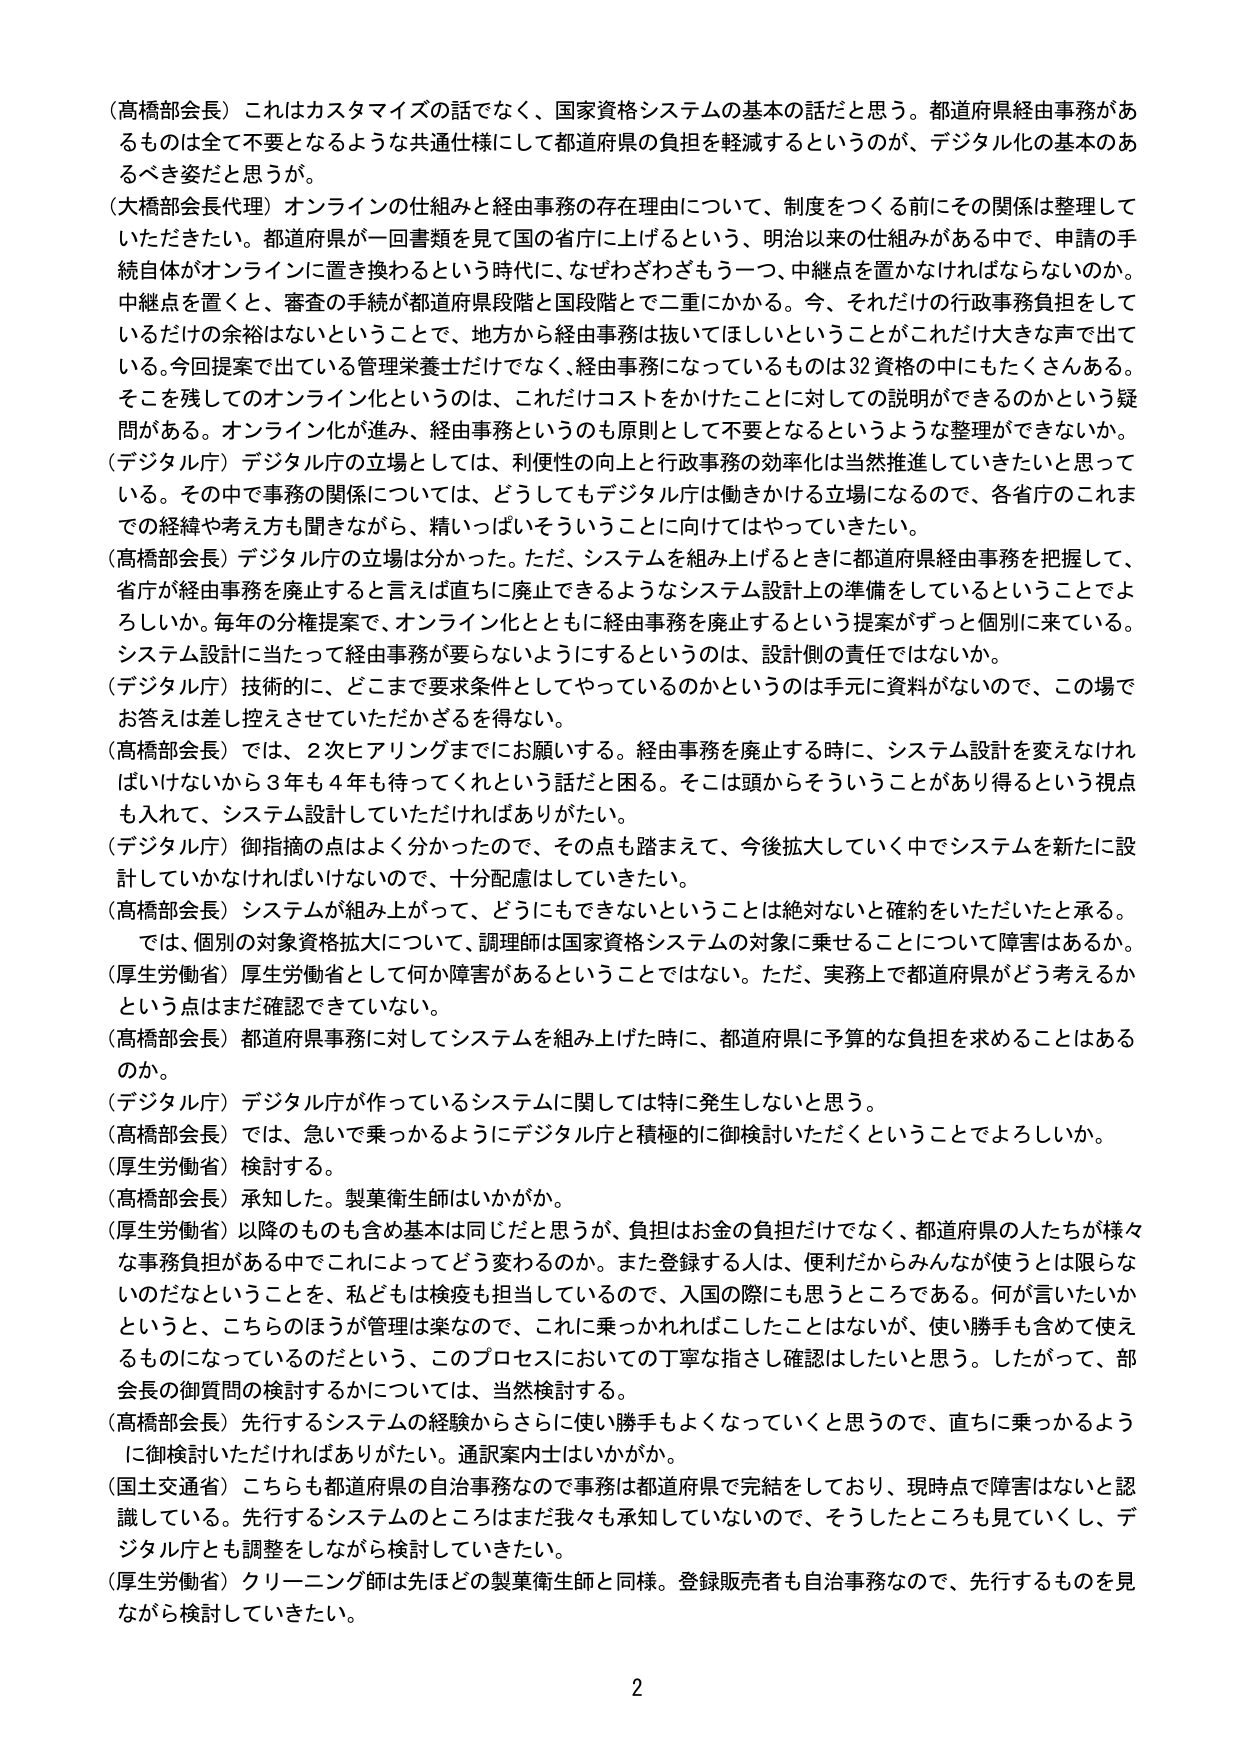
（高橋部会長）これはカスタマイズの話でなく、国家資格システムの基本の話だと思う。都道府県経由事務があるものは全て不要となるような共通仕様にして都道府県の負担を軽減するというのが、デジタル化の基本のあるべき姿だと思うが。

（大橋部会長代理）オンラインの仕組みと経由事務の存在理由について、制度をつくる前にその関係は整理していただきたい。都道府県が一回書類を見て国の省庁に上げるという、明治以来の仕組みがある中で、申請の手続自体がオンラインに置き換わるという時代に、なぜわざわざもう一つ、中継点を置かなければならないのか。中継点を置くと、審査の手続が都道府県段階と国段階とで二重にかかる。今、それだけの行政事務負担をしているだけの余裕はないということで、地方から経由事務は抜いてほしいということがこれだけ大きな声で出ている。今回提案で出ている管理栄養士だけではなく、経由事務になっているものは32資格の中にもたくさんある。そこを残してのオンライン化というのは、これだけコストをかけたことに対しての説明ができるのかという疑問がある。オンライン化が進み、経由事務というのも原則として不要となるというような整理ができないか。

（デジタル庁）デジタル庁の立場としては、利便性の向上と行政事務の効率化は当然推進していきたいと思っている。その中で事務の関係については、どうしてもデジタル庁は働きかける立場になるので、各省庁のこれまでの経緯や考え方も聞きながら、精いっぱいそういうことに向けてはやっていきたい。

（高橋部会長）デジタル庁の立場は分かった。ただ、システムを組み上げるときに都道府県経由事務を把握して、省庁が経由事務を廃止すると言えば直ちに廃止できるようなシステム設計上の準備をしているということでしょうか。毎年の分権提案で、オンライン化とともに経由事務を廃止するという提案がずっと個別に来ている。システム設計に当たって経由事務が要らないようにするというのは、設計側の責任ではないか。

（デジタル庁）技術的に、どこまで要求条件としてやっているのかというのは手元に資料がないので、この場でお答えは差し控えさせていただかざるを得ない。

（高橋部会長）では、2次ヒアリングまでにお願いする。経由事務を廃止する時に、システム設計を変えなければいけないから3年も4年も待ってくれという話だと困る。そこは頭からそういうことがあり得るという視点も入れて、システム設計していただければありがたい。

（デジタル庁）御指摘の点はよく分かったので、その点も踏まえて、今後拡大していく中でシステムを新たに設計していかなければならないので、十分配慮はしていきたい。

（高橋部会長）システムが組み上がって、どうにもできないということは絶対ないと確約をいただいたと承る。では、個別の対象資格拡大について、調理師は国家資格システムの対象に乗せることについて障害はあるか。

（厚生労働省）厚生労働省として何か障害があるということではない。ただ、実務上で都道府県がどう考えるかという点はまだ確認できていない。

（高橋部会長）都道府県事務に対してシステムを組み上げた時に、都道府県に予算的な負担を求めることはあるのか。

（デジタル庁）デジタル庁が作っているシステムに関しては特に発生しないと思う。

（高橋部会長）では、急いで乗っかるようにデジタル庁と積極的に御検討いただくということでよろしいか。

（厚生労働省）検討する。

（高橋部会長）承知した。製薬衛生師はいかがか。

（厚生労働省）以降のものも含め基本は同じだと思うが、負担はお金の負担だけでなく、都道府県の人たちが様々な事務負担がある中でこれによってどう変わるのか。また登録する人は、便利だからみんなが使うとは限らないのだなということを、私どもは検疫も担当しているので、入国の際にも思うところである。何が言いたいかというと、こちらのほうが管理は楽なので、これに乗っかれればしたことはないが、使い勝手も含めて使えるものになっているのだという、このプロセスにおいての丁寧な指さし確認はしたいと思う。したがって、部会長の御質問の検討するかについては、当然検討する。

（高橋部会長）先行するシステムの経験からさらに使い勝手もよくなっていくと思うので、直ちに乗っかるように御検討いただければありがたい。通訳案内士はいかがか。

（国土交通省）こちらも都道府県の自治事務なので事務は都道府県で完結しており、現時点で障害はないと認識している。先行するシステムのところはまだ我々も承知していないので、そうしたところも見ていくし、デジタル庁とも調整をしながら検討していきたい。

（厚生労働省）クリーニング師は先ほどの製薬衛生師と同様。登録販売者も自治事務なので、先行するものを見ながら検討していきたい。

2